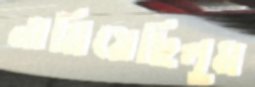
নামিয়েছিলুম